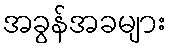
အခွန်အခများ